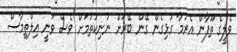
ވެލީގެ ތޫފާން އެރުމާ ގުޅިގެން ގޭން ބޭރަށް ނުނިކުތުމަށް ވެސް ވަނީ އިލްތިމާސް